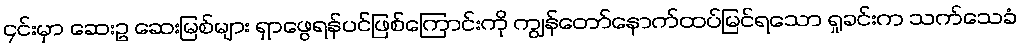
၄င်းမှာ ဆေးဥ ဆေးမြစ်များ ရှာဖွေရန်ပင်ဖြစ်ကြောင်းကို ကျွန်တော်နောက်ထပ်မြင်ရသော ရှုခင်းက သက်သေခံ